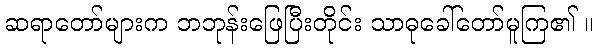
ဆရာတော်များက ဘဘုန်းဖြေပြီးတိုင်း သာဓုခေါ်တော်မူကြ၏ ။